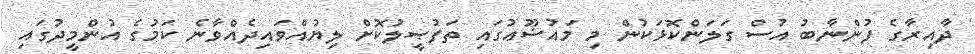
ދާއިރާގެ ފުންނާބު އުސް ގަލަންކޮޅަކުން މި މައުޟޫޢުގައި ތަފުޞީލުކޮށް ލިޔުއްވައިދެއްވާނެ ކަމުގެ އުންމީދުގައި